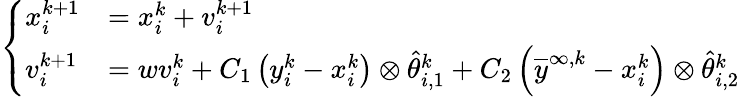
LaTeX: \left\{ \begin{array}{ll}{x_{i}^{k+1}}&{=x_{i}^{k}+v_{i}^{k+1}}\\ {v_{i}^{k+1}}&{=wv_{i}^{k}+C_{1}\left(y_{i}^{k}-x_{i}^{k}\right)\otimes\widehat\theta_{i,1}^{k}+C_{2}\left(\overline{y}^{\infty,k}-x_{i}^{k}\right)\otimes\widehat\theta_{i,2}^{k}}\end{array}\right.